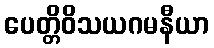
ပေတ္တိဝိသယဂမနီယာ